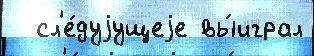
  сл'е́дуjущеjе вы́играл